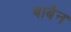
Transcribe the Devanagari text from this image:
बाबैन